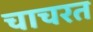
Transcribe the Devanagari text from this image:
चाचरत